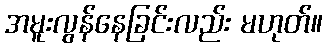
အမူးလွန်နေခြင်းလည်း မဟုတ်။